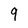
Character: 9